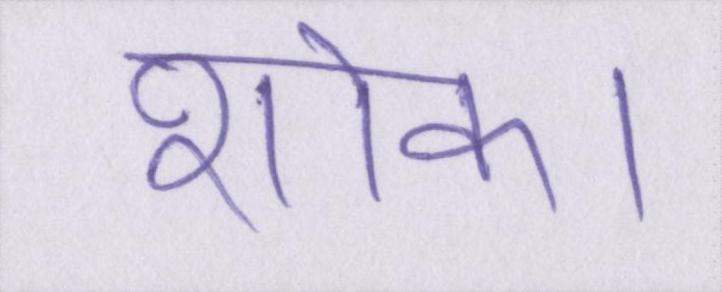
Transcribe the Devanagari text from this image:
शोक।